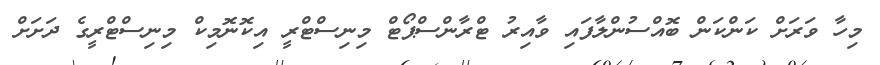
މިހާ ވަރަށް ކަންކަން ބޮއްސުންލާފައި ވާއިރު ޓްރާންސްޕޯޓް މިނިސްޓްރީ އިކޮނޮމިކް މިނިސްޓްރީގެ ދަށަށް